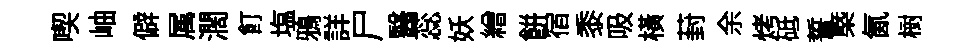
喫岫僻属濶飣塩鴉詳尸醫蕊妖繒餅宿黍吸横葑余烤砥誓㮣氤𣗳